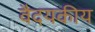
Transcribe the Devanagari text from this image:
वैदयकीय